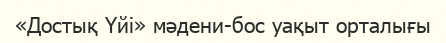
«Достық Үйі» мәдени-бос уақыт орталығы